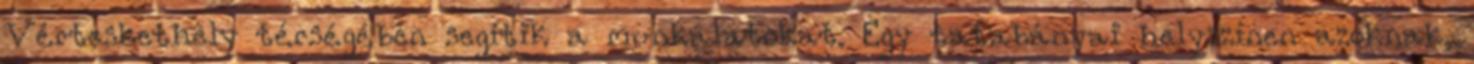
Vérteskethely térségében segítik a munkálatokat. Egy tatabányai helyszínen azoknak,